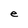
Character: e